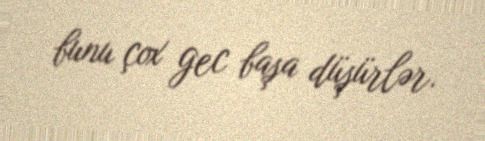
bunu çox gec başa düşürlər.